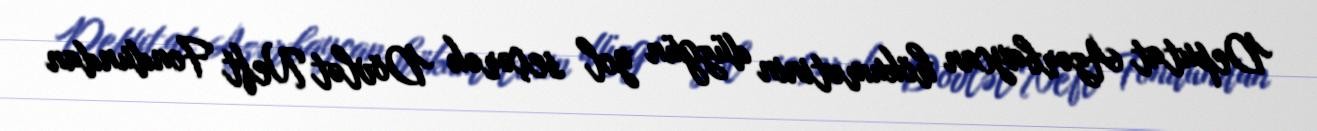
Deputat Azərbaycan hökumətinin düzgün yol seçərək Dövlət Neft Fondundan